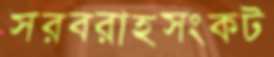
সরবরাহসংকট